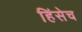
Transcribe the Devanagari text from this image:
हिंसेच